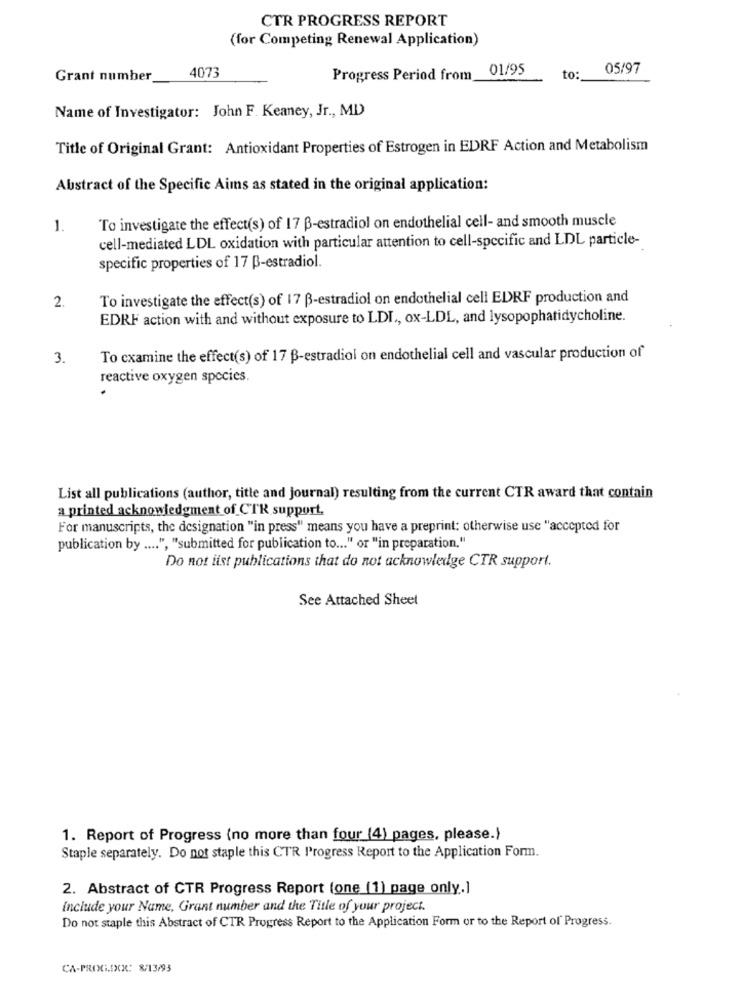
CTR PROGRESS REPORT
(for Competing Renewal Application)
4073
01/95
05/97
Grant number
Progress Period from
to:
Name of Investigator: John F. Keaney, Jr ., MD)
Title of Original Grant: Antioxidant Properties of Estrogen in EDRF Action and Metabolism
Abstract of the Specific Aims as stated in the original application:
To investigate the effect(s) of 17 B-estradiol on endothelial cell- and smooth muscle
1.
cell-mediated LDL oxidation with particular attention to cell-specific and LDL particle-
specific properties of 17 B-estradiol.
2.
To investigate the effect(s) of 17 B-estradiol on endothelial cell EDRF production and
EDRF action with and without exposure to LDI ., ox-LDL, and lysopophatidycholine.
3.
To examine the effect(s) of 17 B-estradiol on endothelial cell and vascular production of
reactive oxygen species.
List all publications (author, title and journal) resulting from the current CTR award that contain
a printed acknowledgment of CTR support,
For manuscripts, the designation "in press" means you have a preprint: otherwise use "accepted for
publication by .... ", "submitted for publication to ... " or "in preparation."
Do not iist publications that do not acknowledge CTR support.
See Attached Sheet
1. Report of Progress (no more than four (4) pages, please.)
Staple separately. Do not staple this CTR Progress Report to the Application Form.
2. Abstract of CTR Progress Report (one (1) page only.]
Include your Name, Grant number and the Title of your project.
Do not staple this Abstract of CTR Progress Report to the Application Form or to the Report of Progress.
CA-PROG.IXCX: 8/13/93